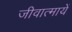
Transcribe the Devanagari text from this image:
जीवात्मायें